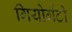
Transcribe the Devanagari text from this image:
गियोर्गेटो